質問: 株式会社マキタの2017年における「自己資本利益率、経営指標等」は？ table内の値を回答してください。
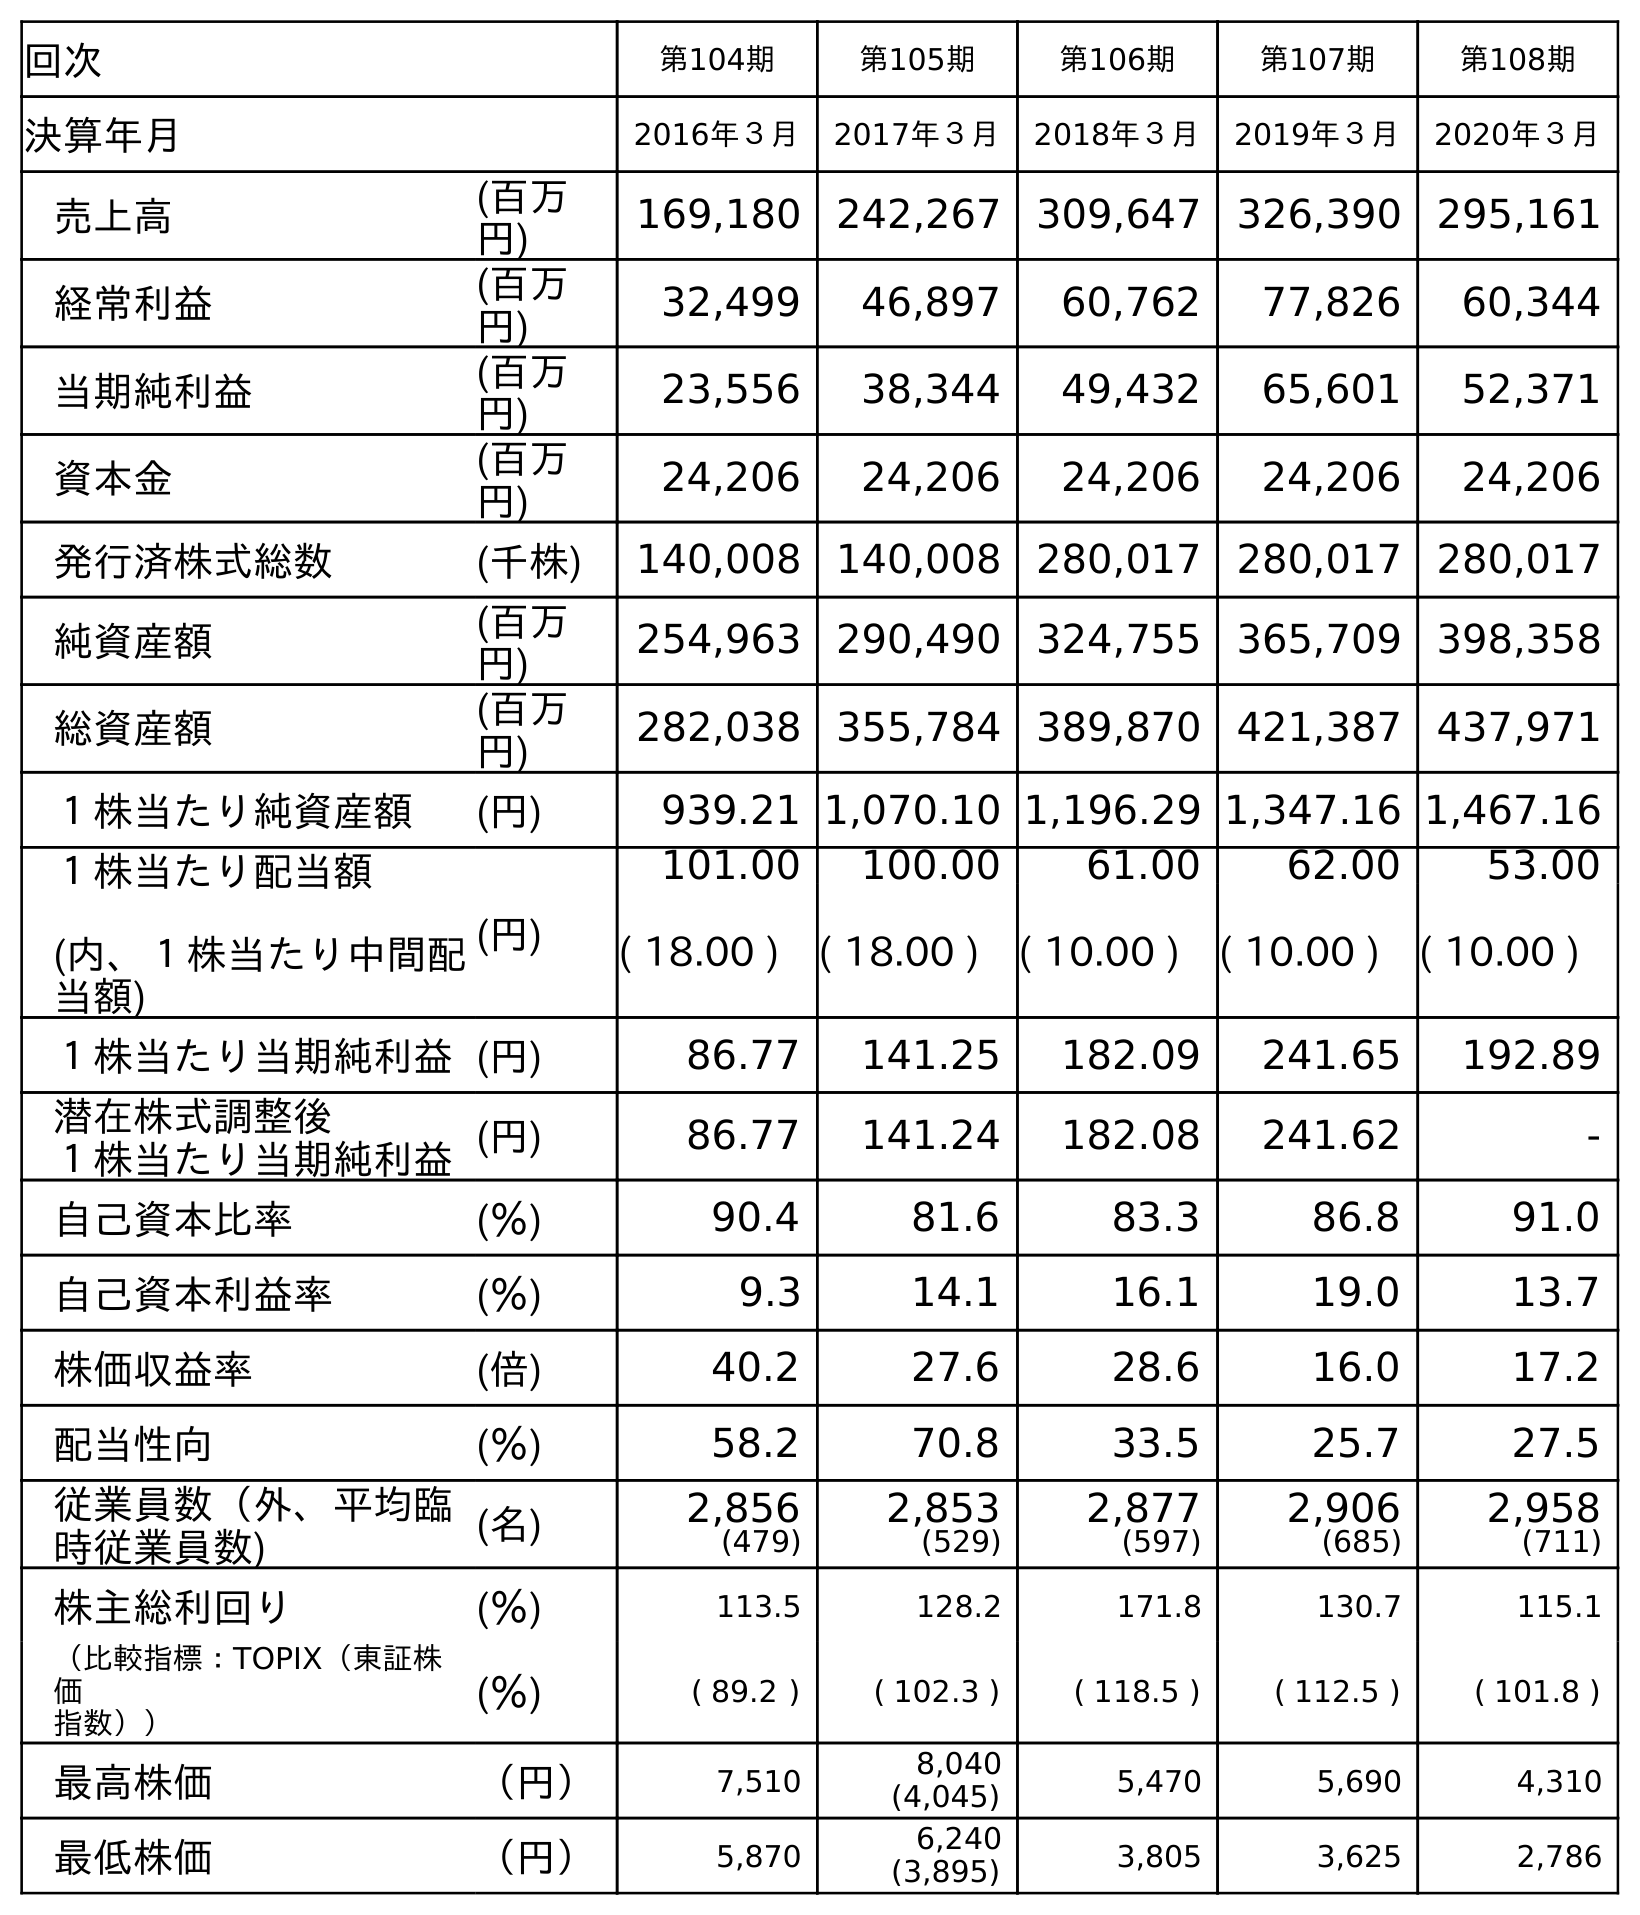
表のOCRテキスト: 回次 第104期 第105期 第106期 第107期 第108期 決算年月 2016年３月 2017年３月 2018年３月 2019年３月 2020年３月 売上高 (百万 円) 169,180 242,267 309,647 326,390 295,161 経常利益 (百万 円) 32,499 46,897 60,762 77,826 60,344 当期純利益 (百万 円) 23,556 38,344 49,432 65,601 52,371 資本金 (百万 円) 24,206 24,206 24,206 24,206 24,206 発行済株式総数 (千株) 140,008 140,008 280,017 280,017 280,017 純資産額 (百万 円) 254,963 290,490 324,755 365,709 398,358 総資産額 (百万 円) 282,038 355,784 389,870 421,387 437,971 １株当たり純資産額 (円) 939.21 1,070.10 1,196.29 1,347.16 1,467.16 １株当たり配当額 (内、１株当たり中間配 当額) (円) 101.00 100.00 61.00 62.00 53.00 ( 18.00 ) ( 18.00 ) ( 10.00 ) ( 10.00 ) ( 10.00 ) １株当たり当期純利益(円) 86.77 141.25 182.09 241.65 192.89 潜在株式調整後 １株当たり当期純利益(円) 86.77 141.24 182.08 241.62 - 自己資本比率 (％) 90.4 81.6 83.3 86.8 91.0 自己資本利益率 (％) 9.3 14.1 16.1 19.0 13.7 株価収益率 (倍) 40.2 27.6 28.6 16.0 17.2 配当性向 (％) 58.2 70.8 33.5 25.7 27.5 従業員数（外、平均臨 時従業員数) (名) 2,856 (479) 2,853 (529) 2,877 (597) 2,906 (685) 2,958 (711) 株主総利回り (％) 113.5 128.2 171.8 130.7 115.1 （比較指標：TOPIX（東証株 価 指数）） (％) ( 89.2 ) ( 102.3 ) ( 118.5 ) ( 112.5 ) ( 101.8 ) 最高株価 （円） 7,510 8,040 (4,045) 5,470 5,690 4,310 最低株価 （円） 5,870 6,240 (3,895) 3,805 3,625 2,786
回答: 14.1